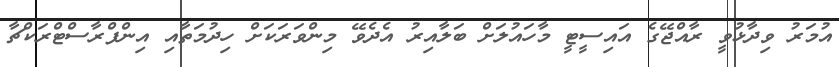
އުމަރު ވިދާޅުވީ ރާއްޖޭގެ އައިސީޓީ މާހައުލަށް ބަލާއިރު އެދެވޭ މިންވަރަކަށް ހިދުމަތާއި އިންފްރާސްޓްރަކްޗާ